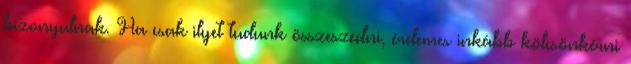
bizonyulnak. Ha csak ilyet tudunk összeszedni, érdemes inkább kölcsönkérni